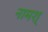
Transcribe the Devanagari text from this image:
नामश्